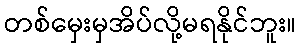
တစ်မှေးမှအိပ်လို့မရနိုင်ဘူး။